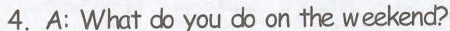
4.A:What do you do on the weekend?